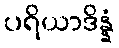
ပရိယာဒိန္နံ